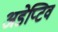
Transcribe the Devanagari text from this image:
अडेप्टिव